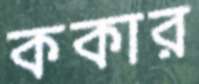
ককার